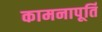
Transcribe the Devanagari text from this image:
कामनापूर्ति